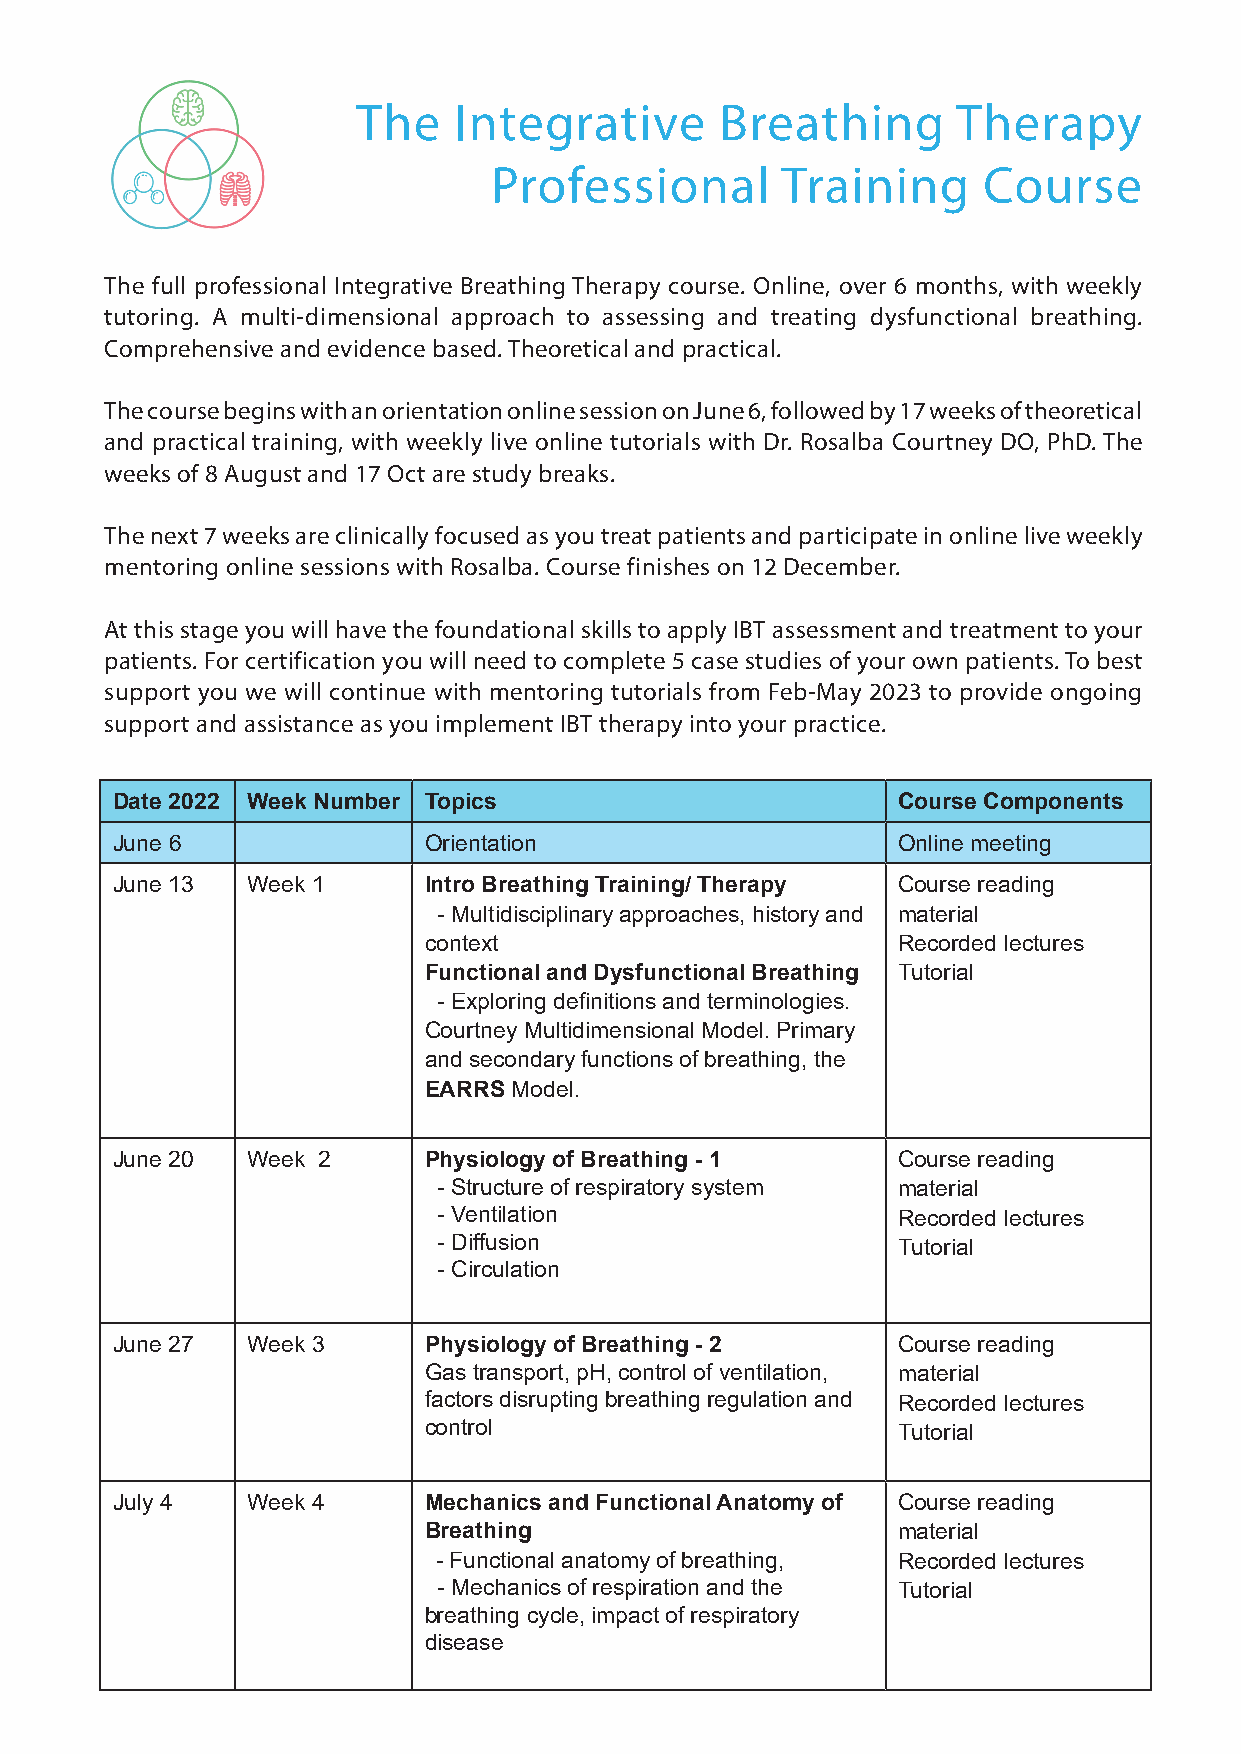
The   Integrative       Breathing      Therapy
 Professional        Training     Course
 The full professional Integrative Breathing Therapy course. Online, over 6 months, with weekly
 tutoring. A multi-dimensional approach to assessing and treating dysfunctional breathing.
 Comprehensive and evidence based. Theoretical and practical.
 The course begins with an orientation online session on June 6, followed by 17 weeks of theoretical
 and practical training, with weekly live online tutorials with Dr. Rosalba Courtney DO, PhD. The
 weeks of 8 August and 17 Oct are study breaks.
 The next 7 weeks are clinically focused as you treat patients and participate in online live weekly
 mentoring online sessions with Rosalba. Course finishes on 12 December.
 At this stage you will have the foundational skills to apply IBT assessment and treatment to your
 patients. For certification you will need to complete 5 case studies of your own patients. To best
 support you we will continue with mentoring tutorials from Feb-May 2023 to provide ongoing
 support and assistance as you implement IBT therapy into your practice.
 Date 2022 Week Number Topics                        Course Components
 June 6               Orientation                    Online meeting
 June 13  Week 1      Intro Breathing Training/ Therapy Course reading
 - Multidisciplinary approaches, history and material
 context                        Recorded lectures
 Functional and Dysfunctional Breathing Tutorial
 - Exploring definitions and terminologies.
 Courtney Multidimensional Model. Primary
 and secondary functions of breathing, the
 EARRS Model.
 June 20  Week 2      Physiology of Breathing - 1    Course reading
 - Structure of respiratory system material
 - Ventilation                 Recorded lectures
 - Diffusion                   Tutorial
 - Circulation
 June 27  Week 3      Physiology of Breathing - 2    Course reading
 Gas transport, pH, control of ventilation, material
 factors disrupting breathing regulation and Recorded lectures
 control                        Tutorial
 July 4   Week 4      Mechanics and Functional Anatomy of Course reading
 Breathing                      material
 - Functional anatomy of breathing, Recorded lectures
 - Mechanics of respiration and the Tutorial
 breathing cycle, impact of respiratory
 disease